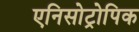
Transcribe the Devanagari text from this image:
एनिसोट्रोपिक